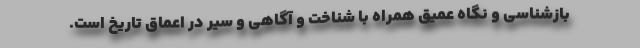
بازشناسی و نگاه عمیق همراه با شناخت و آگاهی و سیر در اعماق تاریخ است.